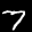
Label: 7